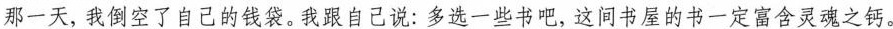
那一天，我倒空了自己的钱袋。我跟自己说：多选一些书吧，这间书屋的书一定富含灵魂之钙。